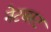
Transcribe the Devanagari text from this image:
नेटबस्ट